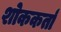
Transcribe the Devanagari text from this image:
शोककर्ता